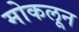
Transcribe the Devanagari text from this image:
मोकलून